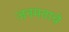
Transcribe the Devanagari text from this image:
जनमताचे